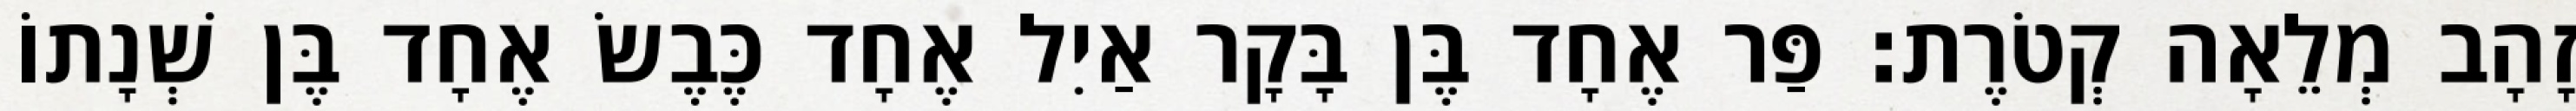
זָהָב מְלֵאָה קְטֹרֶת׃ פַּר אֶחָד בֶּן בָּקָר אַיִל אֶחָד כֶּבֶשׂ אֶחָד בֶּן שְׁנָתוֹ